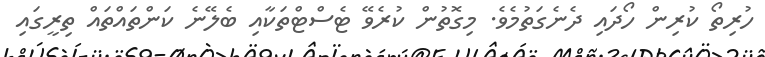
ހުރިތޯ ކުރިން ހޯދައި ދެނެގަތުމެވެ. މިގޮތުން ކުރެވޭ ޓެސްޓްތަކާއި ބެލޭނެ ކަންތައްތައް ތިރީގައި